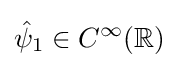
{\hat {\psi }}_{1}\in C^{\infty }(\mathbb {R} )